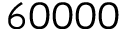
6 0 0 0 0